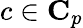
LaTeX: c\in\mathbf{C}_{p}